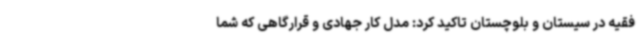
فقیه در سیستان و بلوچستان تاکید کرد: مدل کار جهادی و قرارگاهی که شما